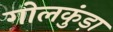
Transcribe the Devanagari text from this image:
गोलकुंड़ा